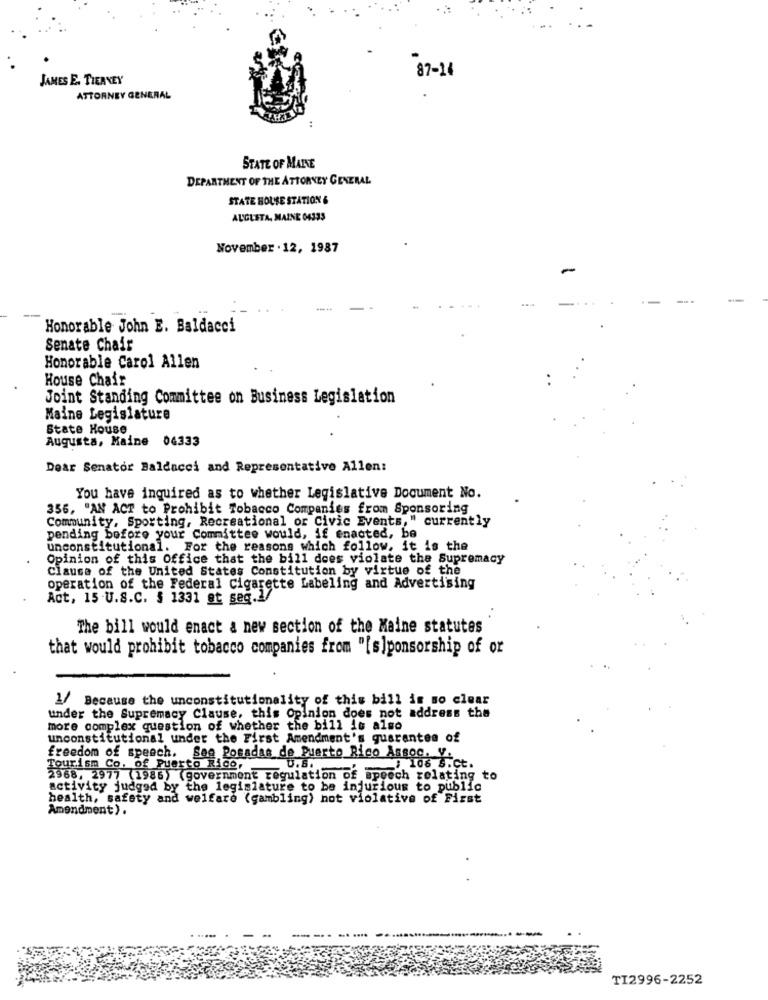
87-14
JAMES E. TIERNEY
ATTORNEY GENERAL
STATE OF MAINE
DEPARTMENT OF THE ATTORNEY GENERAL
STATE HOUSE STATION &
AUGUSTA, MAINE 04335
November . 12, 1987
-
--.
-
Honorable John E. Baldacci
Senate Chair
Honorable Carol Allen
House Chair
Joint Standing Committee on Business Legislation
Maine Legislature
State House
Augusta, Maine 04333
Dear Senator Baldacci and Representative Allen:
You have inquired as to whether Legislative Document No.
356, "AN ACT to Prohibit Tobacco Companies from Sponsoring
Community, Sporting, Recreational or Civic Events," currently
pending before your Committee would, if enacted, be
unconstitutional. For the reasons which follow, it is the
Opinion of this Office that the bill does violate the Supremacy
Clause of the United States Constitution by virtue of the
operation of the Federal Cigarette Labeling and Advertising
Act, 15 -U.S.C. § 1331 st seğ.1/
The bill would enact a new section of the Maine statutes
that would prohibit tobacco companies from "[sponsorship of or
1/ Because the unconstitutionality of this bill is so clear
under the Supremacy Clause, this Opinion does not address the
more complex question of whether the bill is also
unconstitutional under the First Amendment's guarantee of
freedom of speech. See Posadas de Puerto Rico Assoc. V.
Tourism Co. of Puerto Rico,
-106 .Ct.
2968, 2977 (1986) (government regulation of speech relating to
activity judged by the legislature to be injurious to public
health, safety and welfare (gambling) not violative of First
Amendment).
TI2996-2252